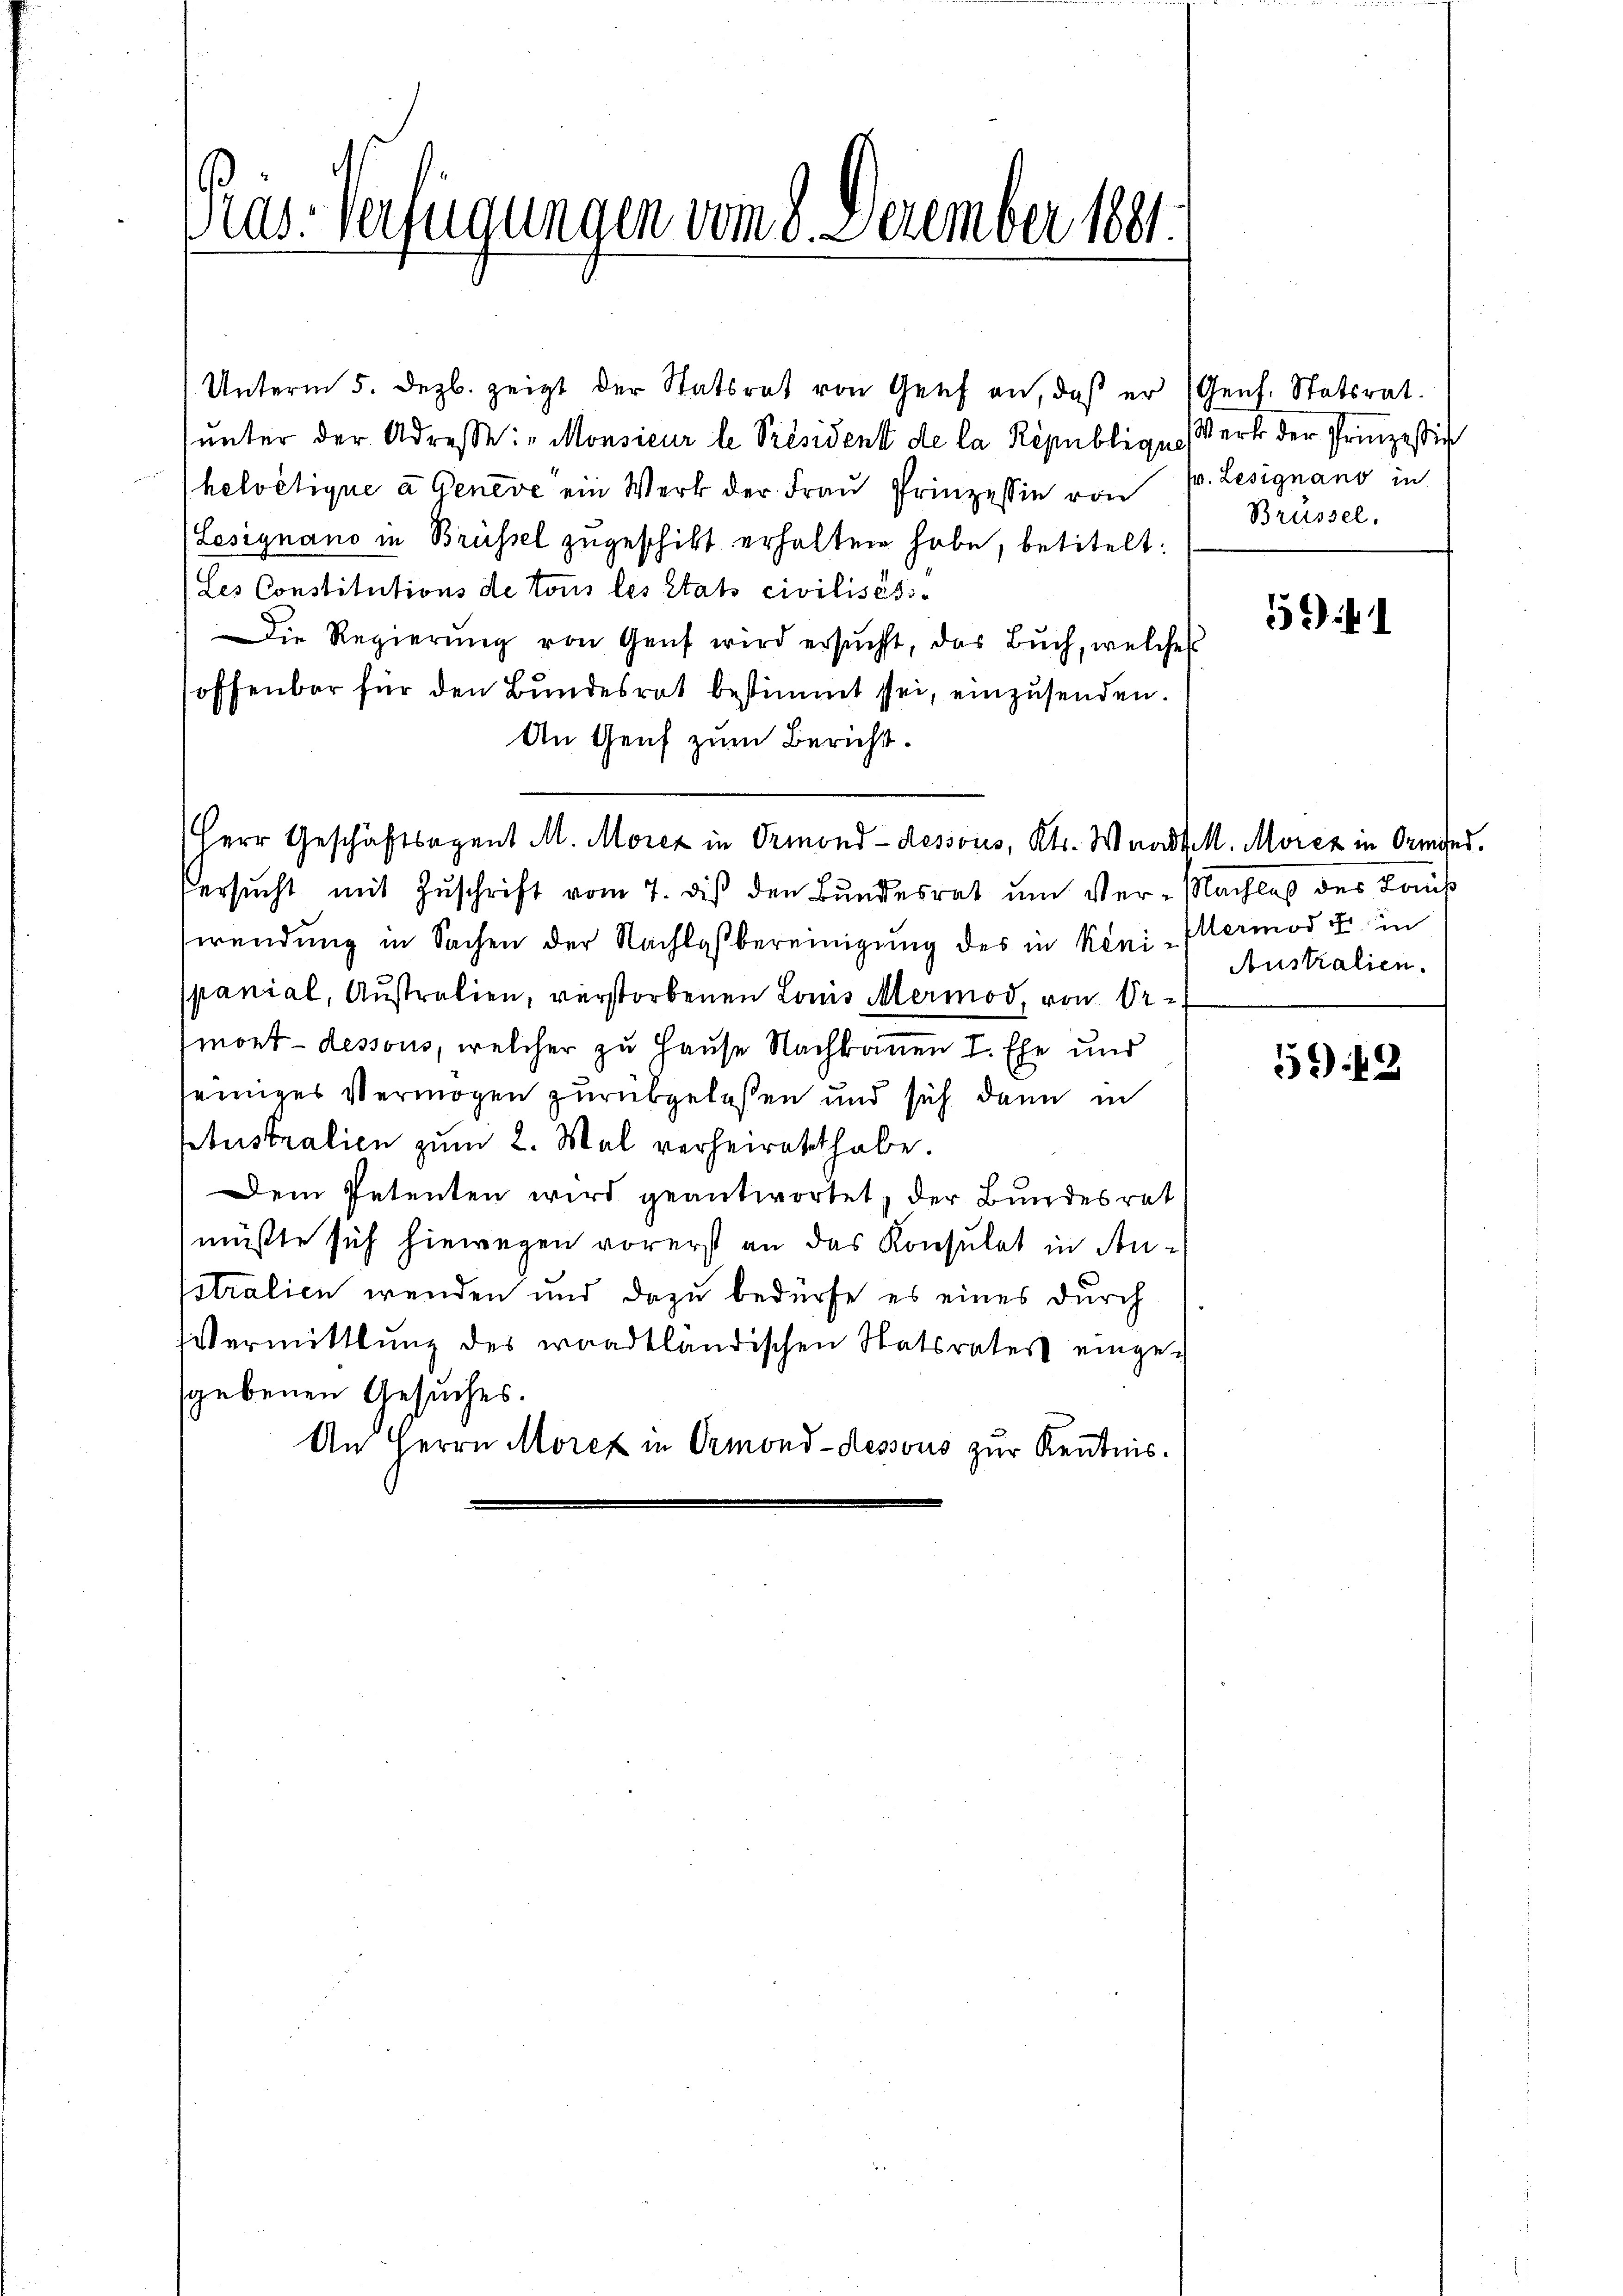
Unterm 5. Dezb. zeigt der Statsrat von Genf an, daß er (Genf. Statsrat.
ŭnter der Adresse: "Monsieur le Président de la République Werk der Prinzessiv
helvetique a Geneve ein Werk der Frau Prinzessin von P. Lesignano in
(Lesignano in Brüssel zugeschikt erhalten habe, betitelt:
(Les Constitutions de tous les état civilisés¬
Die Regierung von Genf wird ersucht, das Buch, welches
offenbar für den Bundesrat bestimmt sei, einzusenden.
An Genf zum Bericht.
Herr Geschäftsagent M. Morez in Ormond-dessous, Kts. Waadt l. Moriz in Ormond.
ersucht mit Zuschrift vom 7. diß den Bundesrat um Ver-Nachlaß des Laus
wendung in Sachen der Nachlaßbereinigung des in Keni-Kermod u. in
panial, Austratien, verstorbenen Louis Mermod, von Or-
mont-dessous, welcher zu Hause Nachkommen I. Ehe und
seiniges Vermögen zurükgelassen und sich dann in
ptustralien zum 2. Mal verheiratet habe.
Dem Petenten wird geantwortet, der Bundesrat
müßte sich hiewegen vorerst an das Konsulat in An¬
Estralien wenden und dazu bedürfe es eines durch
Vermittlung des waadtländischen Statsrater eingesgebenen Gesuches.
An Herrn Morez in Ormond-dessous zur Kenntnis.

Prus-Verfügungen vom 8. December 1881.

Brüssel.

5

Australien.

549